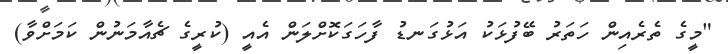
"މީގެ ތެރެއިން ހަތަރު ބޭފުޅަކު އަޅުގަނޑު ފާހަގަކޮށްލަން އެއީ (ކުރީގެ ޗެއާމަނުން ކަމަށްވާ)